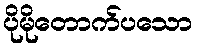
ပိုမိုတောက်ပသော